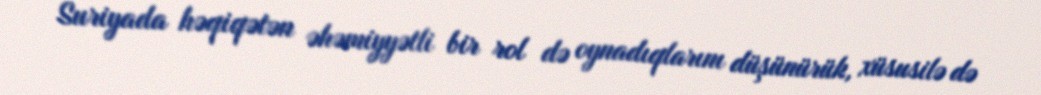
Suriyada həqiqətən əhəmiyyətli bir rol də oynadıqlarını düşünürük, xüsusilə də